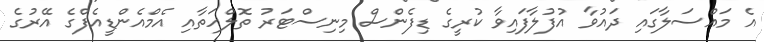
އެ މައްސަލާގައި ދައުވާ އުފުލާފައިވާ ކުރީގެ ޑިފެންސް މިނިސްޓަރު ތޮލްހަތާއި އެމްއެންޑީއެފްގެ އޭރުގެ